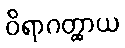
ဝိရာဂတ္ထာယ